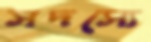
সদস্যে